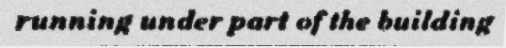
running under part of the building